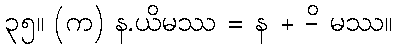
၃၅။ (က) န.ယိမဿ = န + -ိ မဿ။